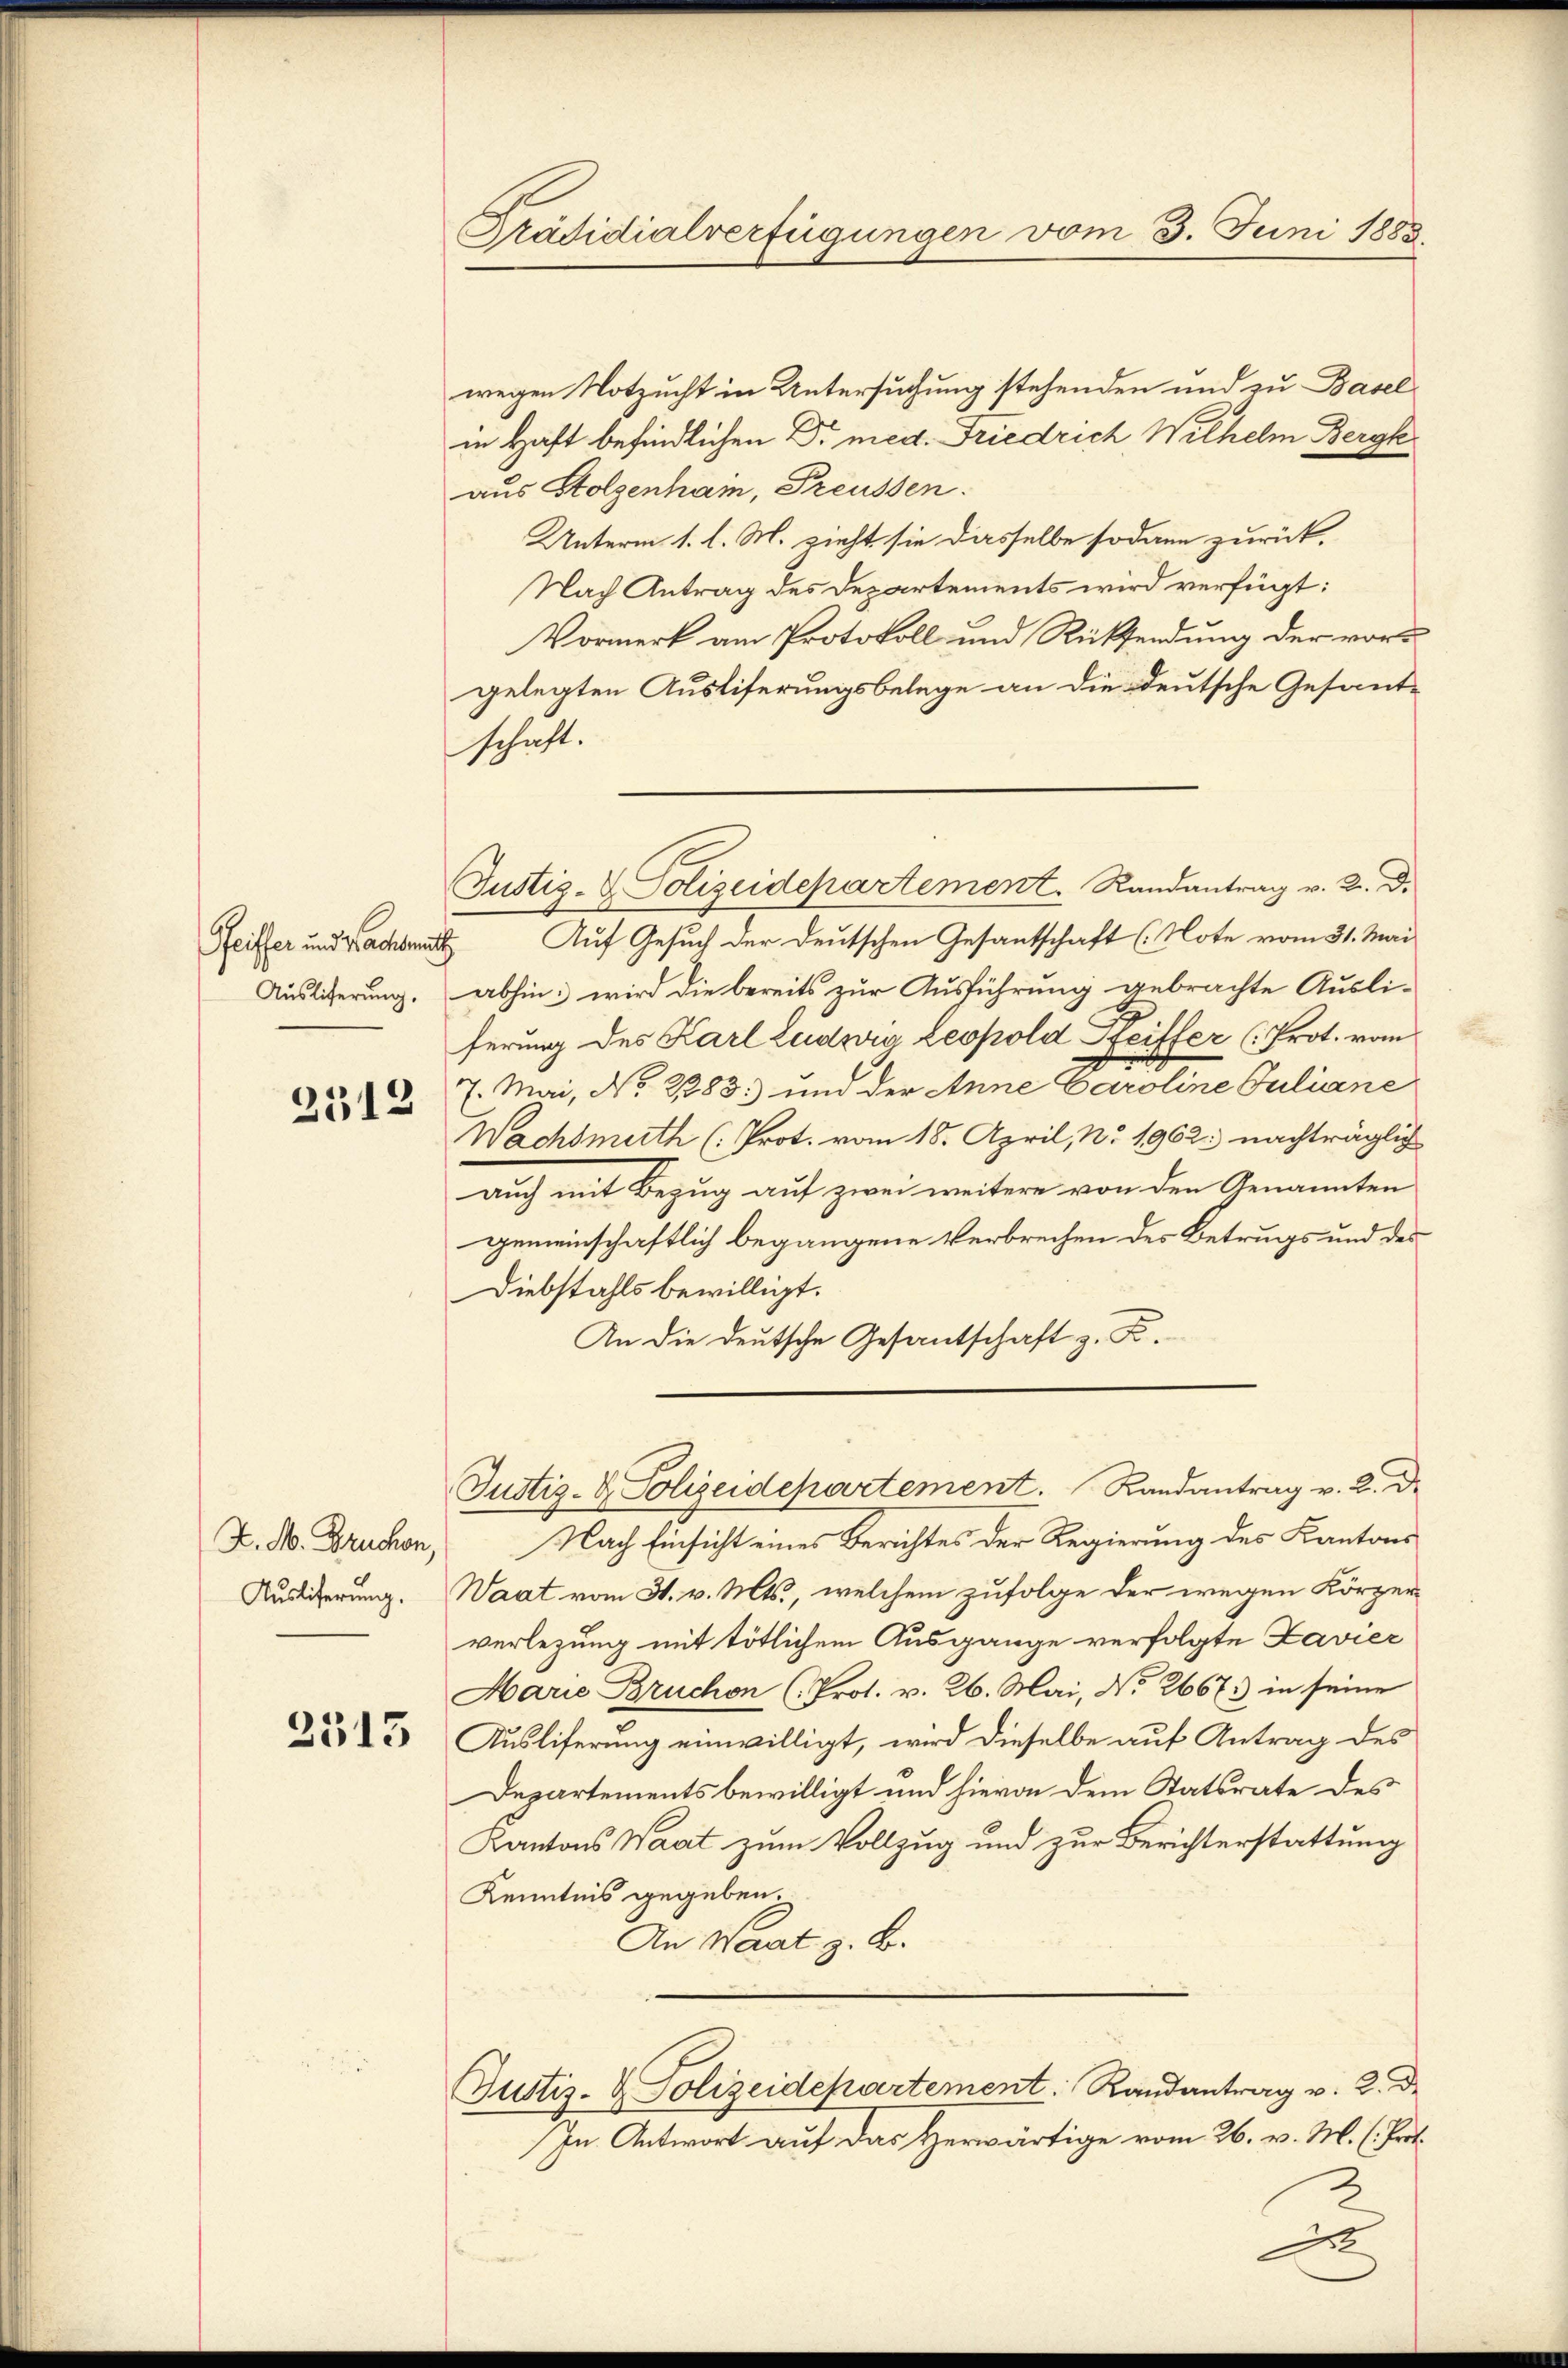
Auslieferung,

2312

Z. M. Bruchen,
Auslieferung.

2513

Präsidialverfügungen vom 3. Juni 1888.

wegen Notzucht in Untersuchung stehenden und zu Baselin Haft befindlichen Dr. med. Friedrich Wilhelm Bergk
aus Stolzenhain, Preussen.
Unterm 1. l. M. zieht sie dasselbe sodann zurück,
Nach Antrag des Departements wird verfügt:
Vormerk am Protokoll und Rücksendung der vorgelegten Ausliferungsbelege an die deutsche Gesand-
schaft.
Pfeifer und Wachmatt. Auf Gesuch der deutschen Gesantschaft (Note vom 31. Mai
abhin wird die bereits zur Ausführung gebrachte Ausli-
ferung des Karl Ludwig Leopold Pfeiffer (Prot. vom
7. Mai, No. 2283. und der Anne Caroline Juliane
Wachsmeth (Prot. vom 18. April, No. 1962. nachträglich
auch mit Bezug auf zwei weitere von den Genannten
gemeinschaftlich begangene Verbrechen des Betrugs und des
Diebstahls bewilligt.
An die deutsche Gesantschaft z. B.
Justiz- & Polizeidepartement. Randantrag v. 2. d.
Nach Einsicht eines Berichtes der Regierung des Kantons
Waat vom 31. v. Mts., welchem zufolge der wegen Körper
verlegung mit tötlichem Ausgange verfolgte Lavier
Harie Bruchen (Prot. v. 26. Mai, No 2667. in seine
Ausliferung einwilligt, wird dieselbe auf Antrag des
Departements bewilligt und hievon dem Statsrate des
Kantons Waat zum Vollzug und zur Berichterstattung
Kenntnis gegeben.
An Waart z. B.
Justiz- & Polizeidepartement: Randantrag v. 2. De
In Antwort auf das Herwärtige vom 26. v. M. (Prot.

Justiz- & Polizeidepartement. Randantrag v. 2. d.

.